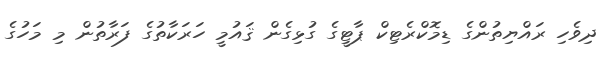
ދިވެހި ރައްޔިތުންގެ ޑިމޮކްރެޓިކް ޕާޓީގެ ގުޅިގެން ޤައުމީ ހަރަކާތުގެ ފަރާތުން މި މަހުގެ